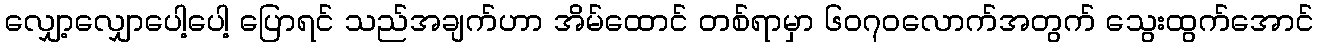
လျှော့လျှောပေါ့ပေါ့ ပြောရင် သည်အချက်ဟာ အိမ်ထောင် တစ်ရာမှာ ၆၀၇၀လောက်အတွက် သွေးထွက်အောင်